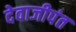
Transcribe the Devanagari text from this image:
देवाजीपंत